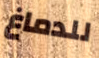
للدماغ